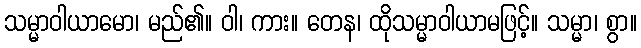
သမ္မာဝါယာမော၊ မည်၏။ ဝါ၊ ကား။ တေန၊ ထိုသမ္မာဝါယာမဖြင့်။ သမ္မာ၊ စွာ။